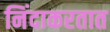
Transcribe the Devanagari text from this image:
निंदाकरतात